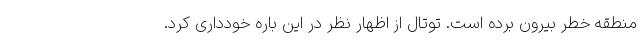
منطقه خطر بیرون برده است. توتال از اظهار نظر در این باره خودداری کرد.